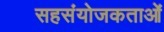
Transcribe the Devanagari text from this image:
सहसंयोजकताओं